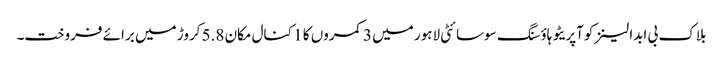
بلاک بی ابدالینزکوآپریٹو ہاؤسنگ سوسائٹی لاہور میں 3 کمروں کا 1 کنال مکان 5.8 کروڑ میں برائے فروخت۔